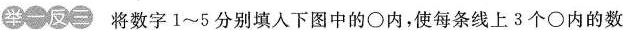
举一反三 将数字1~5分别填入下图中的○内，使每条线上3个○内的数